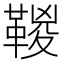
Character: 𩋯